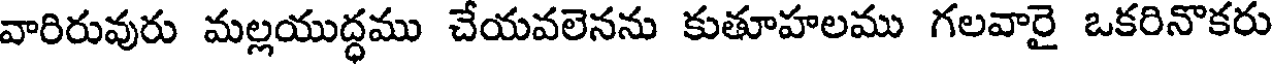
వారిరువురు మల్లయుద్ధము చేయవలెనను కుతూహలము గలవారై ఒకరినొకరు